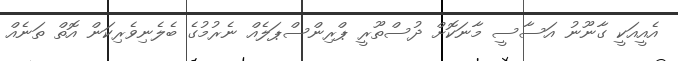
އެއީއަކީ ގާނޫނު އަސާސީ މާނަކޮށް ދުސްތޫރީ ޕްރިންސްޕަލެއް ނެރުމުގެ ބެލެނިވެރިކަން އޮތް ތަނެއް